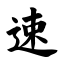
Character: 速